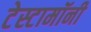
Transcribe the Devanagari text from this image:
टेस्टामॉनी